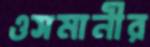
ওসমানীর